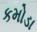
કમોડા